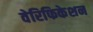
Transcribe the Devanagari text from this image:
वेरिफिकेशन